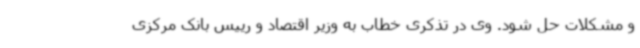
و مشکلات حل شود. وی در تذکری خطاب به وزیر اقتصاد و رییس بانک مرکزی